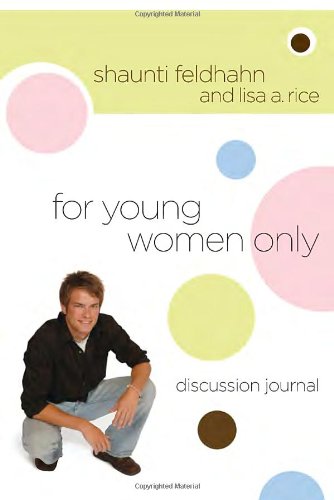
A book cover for For Young Women Only Discussion Journal; Shaunti Feldhahn; Teen & Young Adult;